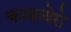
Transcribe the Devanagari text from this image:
काबायेरो